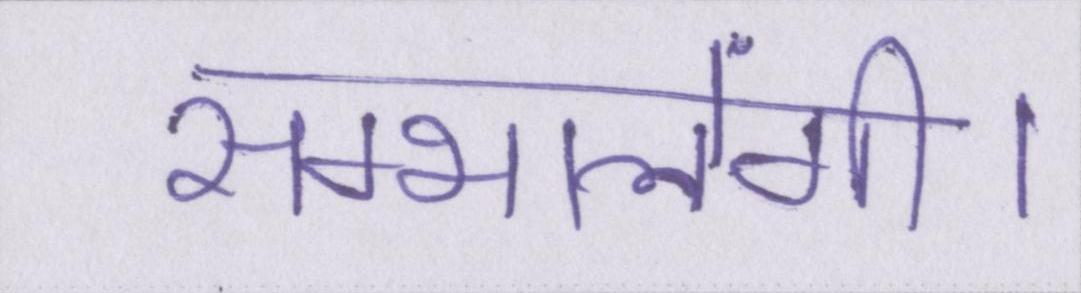
सम्भालेंगी।